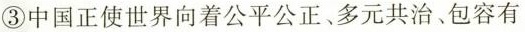
③中国正使世界向着公平公正、多元共治、包容有